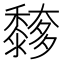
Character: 䵙